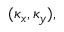
( \kappa _ { x } , \kappa _ { y } ) ,